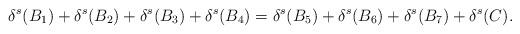
LaTeX: \begin{align*} \delta^s(B_1) + \delta^s(B_2) + \delta^s(B_3) + \delta^s(B_4) = \delta^s(B_5) + \delta^s(B_6) + \delta^s(B_7) + \delta^s(C) .\end{align*}